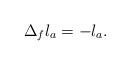
LaTeX: \begin{align*}\Delta_f l_a=- l_a.\end{align*}